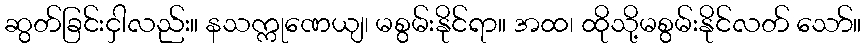
ဆွတ်ခြင်းငှါလည်း။ နသက္ကုဏေယျ၊ မစွမ်းနိုင်ရာ။ အထ၊ ထိုသို့မစွမ်းနိုင်လတ် သော်။